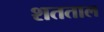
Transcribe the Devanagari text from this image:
शतताल